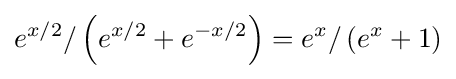
e^{x/2}/\left(e^{x/2}+e^{-x/2}\right)=e^{x}/\left(e^{x}+1\right)